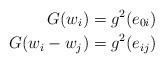
LaTeX: \begin{align*}G(w_i) &= g^2 (e_{0i}) \\G(w_i - w_j) &= g^2(e_{ij})\end{align*}